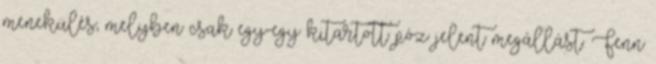
menekülés, melyben csak egy-egy kitartott póz jelent megállást. Fenn